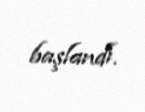
başlandı.